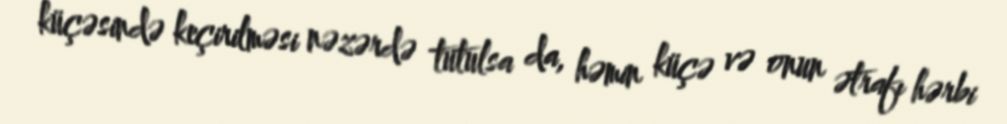
küçəsində keçirilməsi nəzərdə tutulsa da, həmin küçə və onun ətrafı hərbi